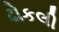
ઢોકલી